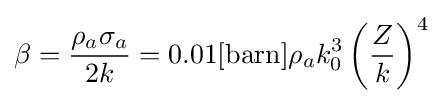
\beta ={\frac {\rho _{a}\sigma _{a}}{2k}}=0.01[{\text{barn}}]\rho _{a}k_{0}^{3}\left({\frac {Z}{k}}\right)^{4}